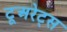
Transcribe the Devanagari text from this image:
टूअरेट्स